Calcutta medical institutions reports 1871-78
Year: 1871
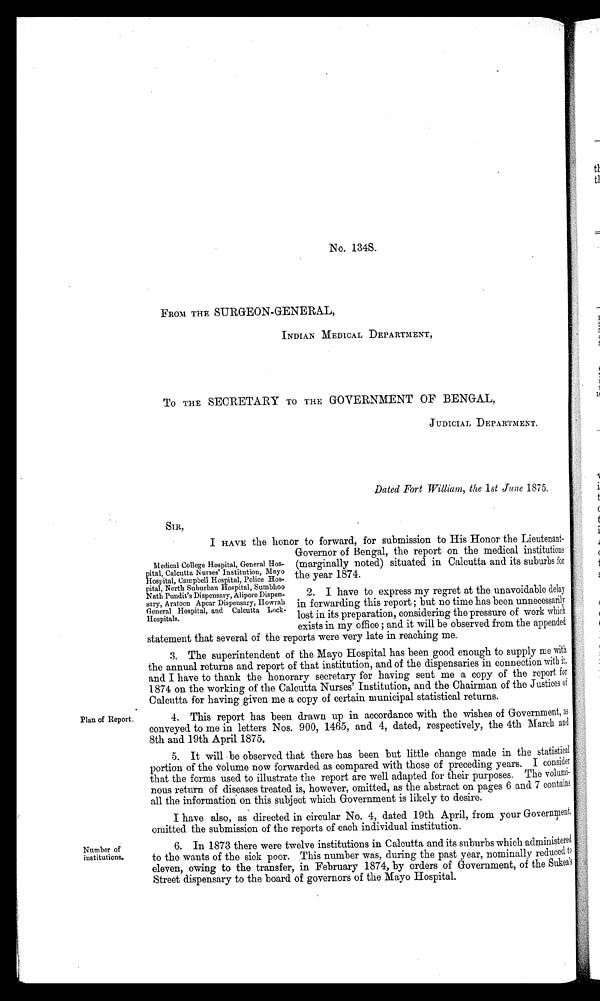
No. 134S.
FROM THE SURGEON-GENERAL,
INDIAN MEDICAL DEPARTMENT,
To THE SECRETARY TO THE GOVERNMENT OF BENGAL,
JUDICIAL DEPARTMENT.
Dated Fort William, the 1st June 1875.
SIR,
I HAVE the honor to forward, for submission to His Honor the Lieutenant.
Governor of Bengal, the report on the medical institutions
(marginally noted) situated in Calcutta and its suburbs for
the year 1874.
Medical College Hospital, General Ho
s p i t a l , C a l c u t t a N u r s e s ' I n s t i t u t i o n , M a y o
Hospital, Campbell Hospital, Police Hos-
pital, North Suburban Hospital, Sumbhoo
Nath Pundit's Dispensary,
A l i p o r e D i s p e n d a r y , A r a t o e n A p c a r D i s p e n s a r y , H o w r a h
General Hospital, and Calcutta Lock-
Hospitals.
2. I have to express my regret at the unavoidable delay
in forwarding this report ; but no time has been unnecessarily
lost in its preparation, considering the pressure of work which
exists in my office ; and it will be observed from the appended
statement that several of the reports were very late in reaching me.
3. The superintendent of the Mayo Hospital has been good enough to supply me with
the annual returns and report of that institution, and of the dispensaries in connection with it.
and I have to thank the honorary secretary for having sent me a copy of the report for
1874 on the working of the Calcutta Nurses' Institution, and the Chairman of the Justices of
Calcutta for having given me a copy of certain municipal statistical returns. Plan of Reports.
4. This report has been drawn up in accordance with the wishes of Government, as
conveyed to me in letters Nos. 900, 1465, and 4, dated, respectively, the 4th March and
8th and 19th April 1875.
5. It will be observed that there has been but little change made in the statistical
portion of the Volume now forwarded as compared with those of preceding years. I consider
that the forms used to illustrate the report are well adapted for their purposes. The volumi-
nous return of diseases treated is, however, omitted, as the abstract on pages 6 and 7 contains
all the information on this subject which Government is likely to desire.
I have also, as directed in circular No. 4, dated 19th April, from your Government.
omitted. the submission of the reports of each individual institution.
N u m b e r o f i n s t i t u t i o n s .
6. In 1873 there were twelve institutions in Calcutta and its suburbs which administered
to the wants of the sick poor. This number was, during the past year, nominally reduced to
eleven, owing to the transfer, in February 1874, by orders of Government, of the
S u k e a ' s S t r e e t d i s p e n s a r y t o t h e b o a r d o f g o v e r n o r s o f t h e M a y o H o s p i t a l .